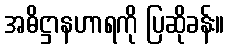
အဓိဋ္ဌာနဟာရကို ပြဆိုခန်း။